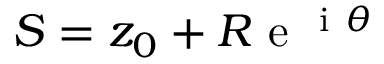
S = z _ { 0 } + R \mathrm { ~ e ~ } ^ { \mathrm { ~ i ~ } \theta }